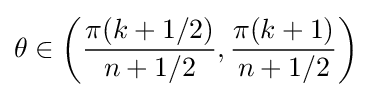
\theta \in \left({\frac {\pi (k+1/2)}{n+1/2}},{\frac {\pi (k+1)}{n+1/2}}\right)